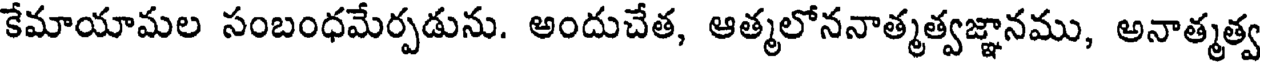
కేమాయామల సంబంధమేర్పడును. అందుచేత, ఆత్మలోననాత్మత్వజ్ఞానము, అనాత్మత్వ